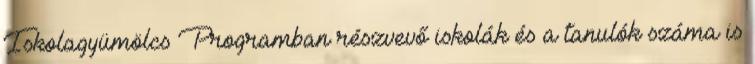
Iskolagyümölcs Programban részvevő iskolák és a tanulók száma is